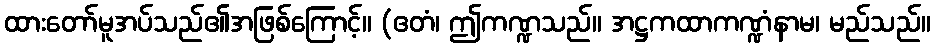
ထားတော်မူအပ်သည်၏အဖြစ်ကြောင့်။ (ဧတံ၊ ဤကဏ္ဍသည်။ အဋ္ဌကထာကဏ္ဍံနာမ၊ မည်သည်။